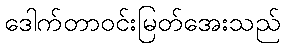
ဒေါက်တာဝင်းမြတ်အေးသည်